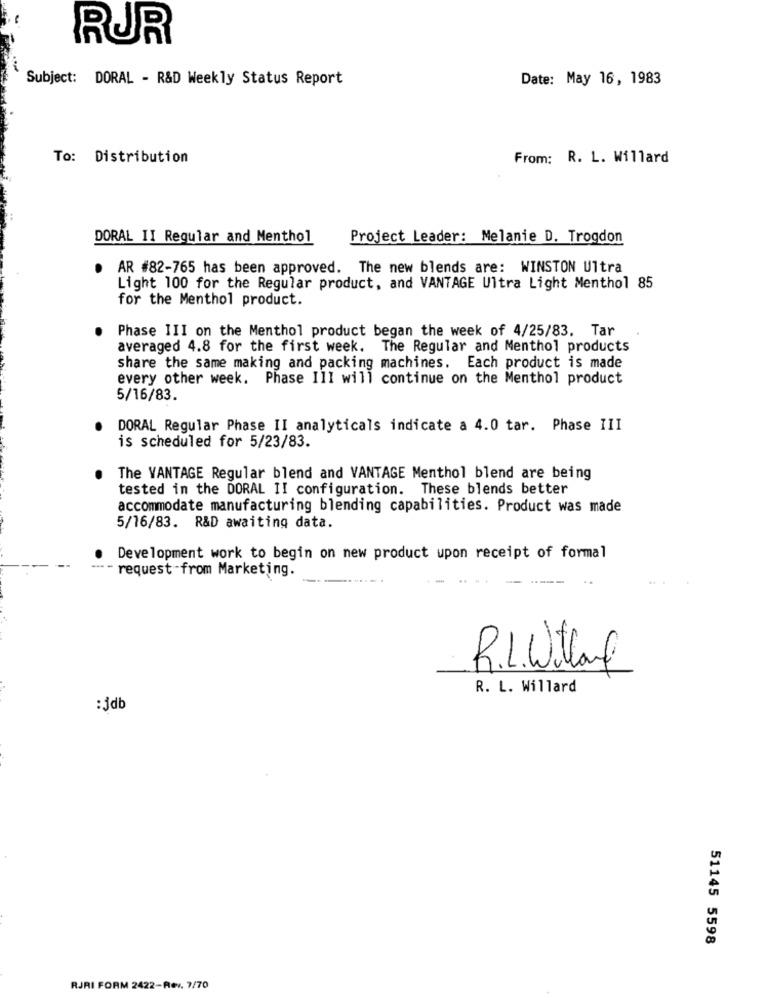
RUR
Subject: DORAL - R&D Weekly Status Report
Date: May 16, 1983
To: Distribution
From: R. L. Willard
DORAL II Regular and Menthol
Project Leader: Melanie D. Trogdon
. AR #82-765 has been approved. The new blends are: WINSTON Ultra
Light 100 for the Regular product, and VANTAGE Ultra Light Menthol 85
for the Menthol product.
Phase III on the Menthol product began the week of 4/25/83. Tar
averaged 4.8 for the first week. The Regular and Menthol products
share the same making and packing machines. Each product is made
every other week. Phase III will continue on the Menthol product
5/16/83.
DORAL Regular Phase II analyticals indicate a 4.0 tar. Phase III
is scheduled for 5/23/83.
The VANTAGE Regular blend and VANTAGE Menthol blend are being
tested in the DORAL II configuration. These blends better
accommodate manufacturing blending capabilities. Product was made
5/16/83. R&D awaiting data.
Development work to begin on new product upon receipt of formal
---- request-from Marketing.
R.L.Willand
R. L. Willard
:3db
51145 5598
RJRI FORM 2422-Rev. 7/70